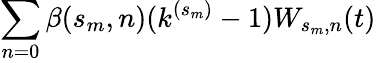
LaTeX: \sum_{n=0}\beta(s_{m},n)(k^{(s_{m})}-1)W_{s_{m},n}(t)